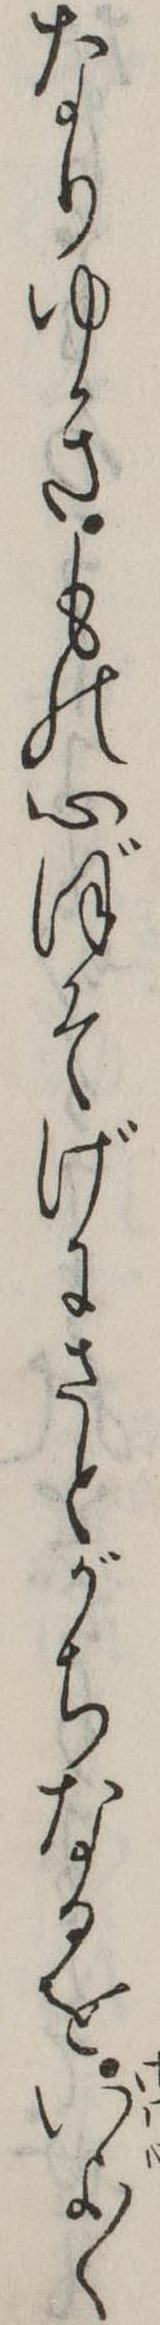
なりゆきもの心ぼそげにさとがちなるをいよ〱